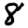
Digit: 8